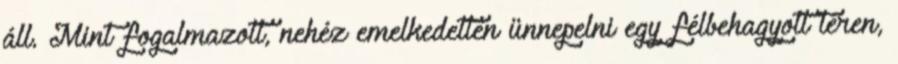
áll. Mint fogalmazott, nehéz emelkedetten ünnepelni egy félbehagyott téren,